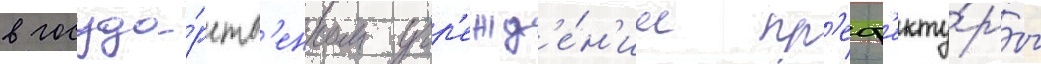
в госуда́рств'енном учр'ежд'е́н'ии пр'еф'екту́ры